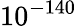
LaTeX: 10^{-140}